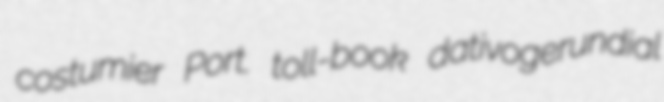
costumier Port. toll-book dativogerundial